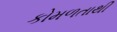
કોમળતાથી